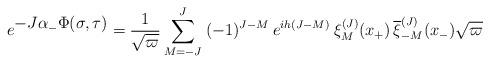
LaTeX: \begin{align*}e^{\textstyle -J\alpha_-\Phi(\sigma, \tau )}={1\over \sqrt{\varpi}}\sum _{M=-J}^J\> (-1)^{J-M} \>e^{ih(J-M)}\>\xi_M^{(J)}(x_+)\,{\overline \xi_{-M}^{(J)}}(x_-) \sqrt{\varpi}\end{align*}